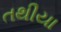
તથીયા